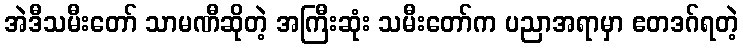
အဲဒီသမီးတော် သာမဏီဆိုတဲ့ အကြီးဆုံး သမီးတော်က ပညာအရာမှာ ဧတဒဂ်ရတဲ့